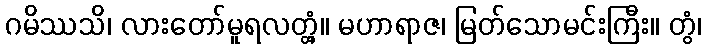
ဂမိဿသိ၊ လားတော်မူရလတ္တံ့။ မဟာရာဇ၊ မြတ်သောမင်းကြီး။ တွံ၊